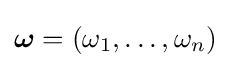
{\boldsymbol {\omega }}=(\omega _{1},\ldots ,\omega _{n})